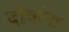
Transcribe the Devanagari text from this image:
दोषांना